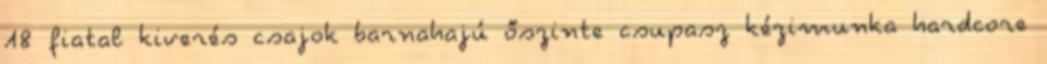
18 fiatal kiverés csajok barnahajú őszinte csupasz kézimunka hardcore